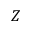
Z